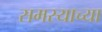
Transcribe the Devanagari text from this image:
समस्याच्या